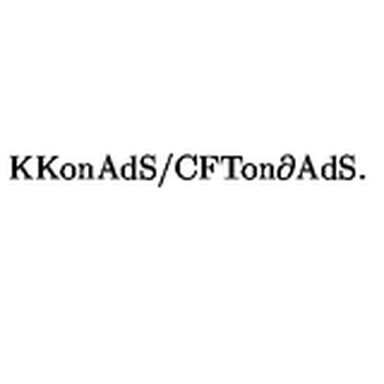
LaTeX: \mathrm { K K o n A d S } / \mathrm { C F T o n \partial A d S } .